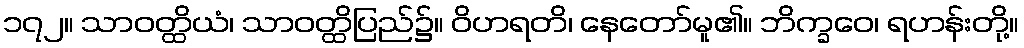
၁၇၂။ သာဝတ္ထိယံ၊ သာဝတ္ထိပြည်၌။ ဝိဟရတိ၊ နေတော်မူ၏။ ဘိက္ခဝေ၊ ရဟန်းတို့။